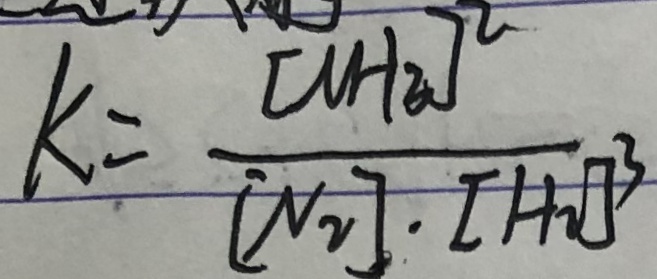
K = \frac { [ N H _ { 3 } ] ^ { 2 } } { [ N _ { 2 } ] \cdot [ H _ { 2 } ] ^ { 3 } }